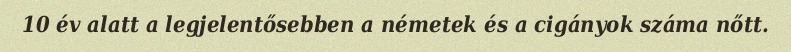
10 év alatt a legjelentősebben a németek és a cigányok száma nőtt.